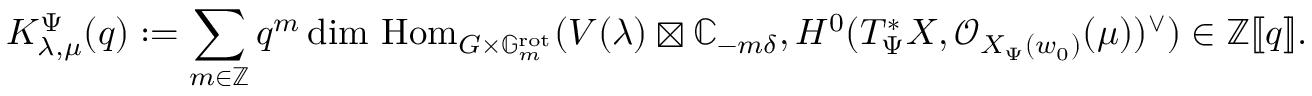
K _ { \lambda , \mu } ^ { \Psi } ( q ) : = \sum _ { m \in \mathbb { Z } } q ^ { m } \dim \, \mathrm { H o m } _ { G \times \mathbb G _ { m } ^ { \mathrm { r o t } } } ( V ( \lambda ) \boxtimes { \mathbb C } _ { - m \delta } , H ^ { 0 } ( T _ { \Psi } ^ { * } X , { \mathcal O } _ { X _ { \Psi } ( w _ { 0 } ) } ( \mu ) ) ^ { \vee } ) \in \mathbb { Z } [ \! [ q ] \! ] .